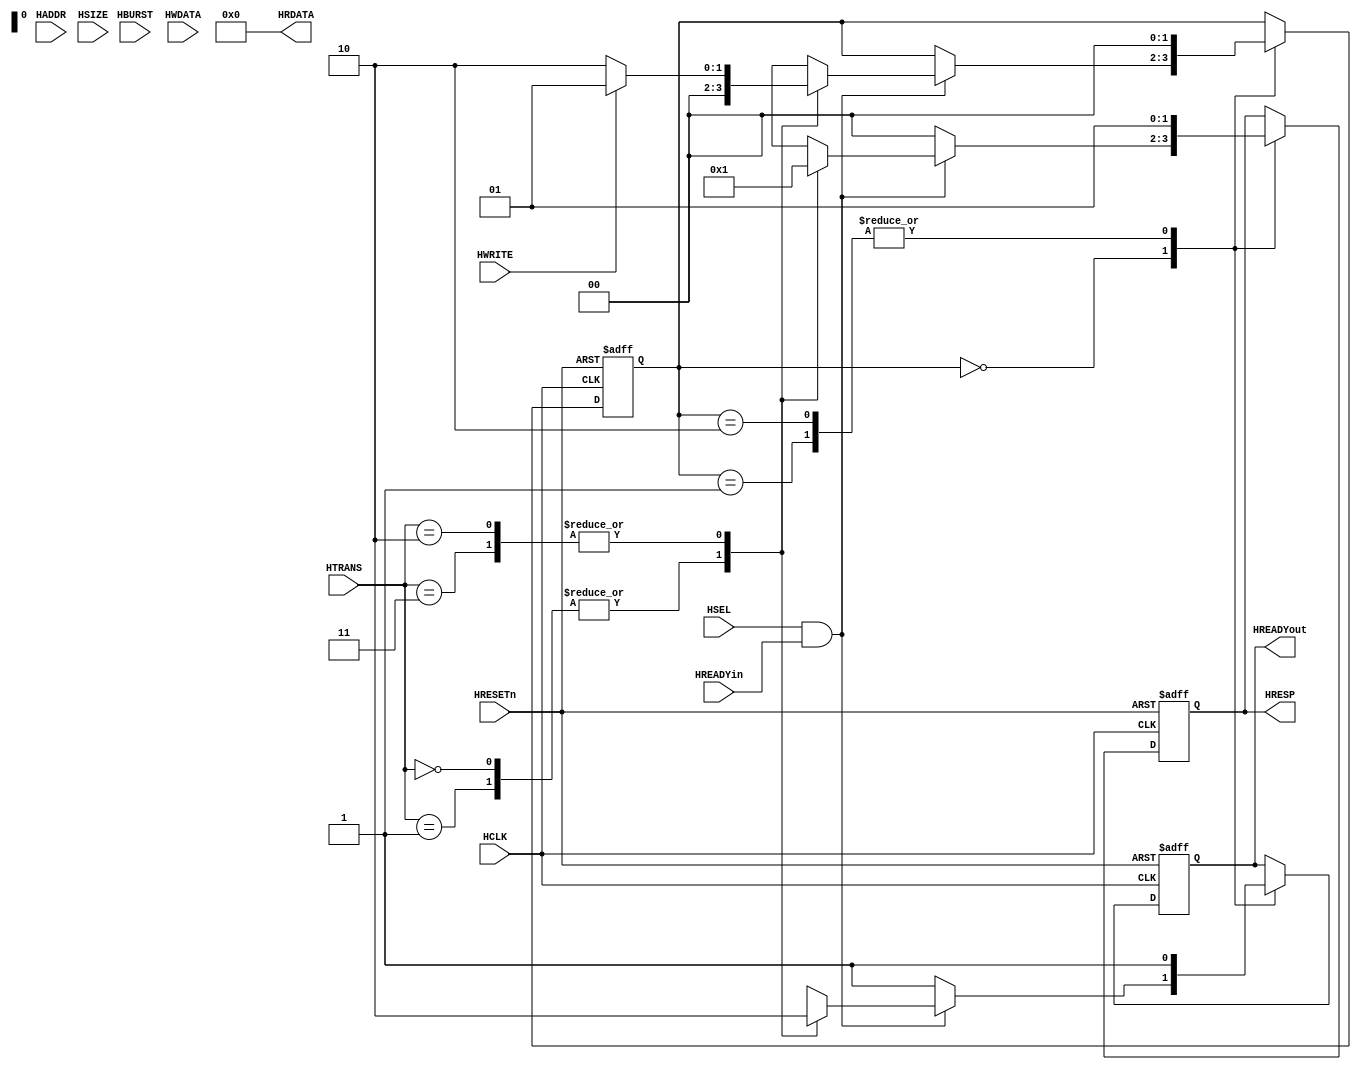
`ifndef AHB_DEFAULT_SLAVE_V
`define AHB_DEFAULT_SLAVE_V
//--------------------------------------------------------
// Copyright (c) 2007-2011 by Ando Ki.
// All right reserved.
//
// http://www.dynalith.com
// adki@dynalith.com
//--------------------------------------------------------
// VERSION: 2011.03.20.
//--------------------------------------------------------
// a simplified version of AMBA AHB default slave
//--------------------------------------------------------
`timescale 1ns/1ns

module ahb_default_slave (
       input   wire         HRESETn,
       input   wire         HCLK,
       input   wire         HSEL,
       input   wire  [31:0] HADDR,
       input   wire  [ 1:0] HTRANS,
       input   wire         HWRITE,
       input   wire  [ 2:0] HSIZE,
       input   wire  [ 2:0] HBURST,
       input   wire  [31:0] HWDATA,
       output  wire  [31:0] HRDATA,
       output  reg   [ 1:0] HRESP,
       input   wire         HREADYin,
       output  reg          HREADYout
);
   /*********************************************************/
   assign HRDATA = 32'h0;
   /*********************************************************/
       reg [1:0] state;
       localparam STH_IDLE   = 2'h0,
                  STH_WRITE  = 2'h1,
                  STH_READ0  = 2'h2;
   /*********************************************************/
   always @ (posedge HCLK or negedge HRESETn) begin
       if (HRESETn==0) begin
           HRESP     <= 2'b00; //`HRESP_OKAY;
           HREADYout <= 1'b1;
           state     <= STH_IDLE;
       end else begin // if (HRESETn==0) begin
           case (state)
           STH_IDLE: begin
                if (HSEL && HREADYin) begin
                   case (HTRANS)
                   //`HTRANS_IDLE, `HTRANS_BUSY: begin
                   2'b00, 2'b01: begin
                          HREADYout <= 1'b1;
                          HRESP     <= 2'b00; //`HRESP_OKAY;
                          state     <= STH_IDLE;
                    end // HTRANS_IDLE or HTRANS_BUSY
                   //`HTRANS_NONSEQ, `HTRANS_SEQ: begin
                   2'b10, 2'b11: begin
                          HREADYout <= 1'b0;
                          HRESP     <= 2'b01; //`HRESP_ERROR;
                          if (HWRITE) begin
                              state <= STH_WRITE;
                          end else begin
                              state <= STH_READ0;
                          end
                    end // HTRANS_NONSEQ or HTRANS_SEQ
                   endcase // HTRANS
                end else begin// if (HSEL && HREADYin)
                    HREADYout <= 1'b1;
                    HRESP     <= 2'b00; //`HRESP_OKAY;
                end
                end // STH_IDLE
           STH_WRITE: begin
                     HREADYout <= 1'b1;
                     HRESP     <= 2'b01; //`HRESP_ERROR;
                     state     <= STH_IDLE;
                end // STH_WRITE
           STH_READ0: begin
                    HREADYout <= 1'b1;
                    HRESP     <= 2'b01; //`HRESP_ERROR;
                    state     <= STH_IDLE;
                end // STH_READ0
           endcase // state
       end // if (HRESETn==0)
   end // always

endmodule

//---------------------------------------------------------------
// Revision history
//
// 2011.03.20: ifndef/endif added.
// 2009.12.29: Two-cycle response for error cases.
//---------------------------------------------------------------
`endif